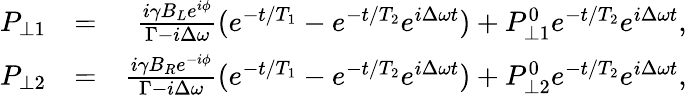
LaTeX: \begin{array}{rlr}{P_{\perp 1}}&{=}&{\frac{i\gamma B_{L}e^{i\phi}}{\Gamma-i\Delta\omega}(e^{-t/T_{1}}-e^{-t/T_{2}}e^{i\Delta\omega t})+P_{\perp 1}^{0}e^{-t/T_{2}}e^{i\Delta\omega t},}\\ {P_{\perp 2}}&{=}&{\frac{i\gamma B_{R}e^{-i\phi}}{\Gamma-i\Delta\omega}(e^{-t/T_{1}}-e^{-t/T_{2}}e^{i\Delta\omega t})+P_{\perp 2}^{0}e^{-t/T_{2}}e^{i\Delta\omega t},}\end{array}